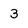
Character: 3